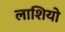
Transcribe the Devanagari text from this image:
लाशियो